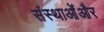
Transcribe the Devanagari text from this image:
संस्थाओंऔर